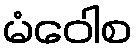
မံဝေါစ